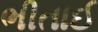
ભીતાઈ